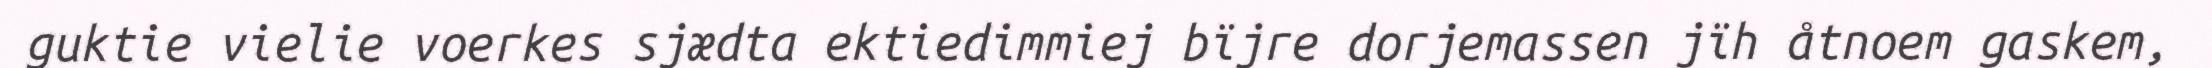
guktie vielie voerkes sjædta ektiedimmiej bïjre dorjemassen jïh åtnoem gaskem,